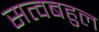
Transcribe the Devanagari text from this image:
सत्वबहुल